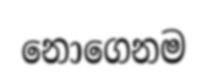
නොගෙනම